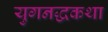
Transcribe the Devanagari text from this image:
युगनद्धकथा